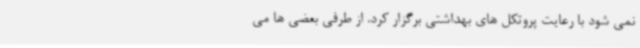
نمی شود با رعایت پروتکل های بهداشتی برگزار کرد. از طرفی بعضی ها می